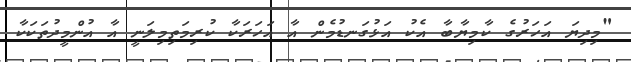
"މިދިޔަ އަހަރުގެ ކާމިޔާބާ އެކު އަޅުގަނޑުމެން އާ އަހަރަކާ ކުރިމަތިމިލަނީ އާ އުންމީދުތަކަކާ